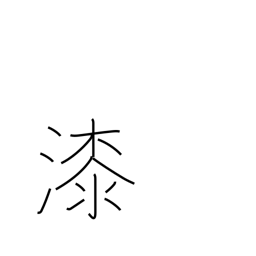
Meaning: varnish